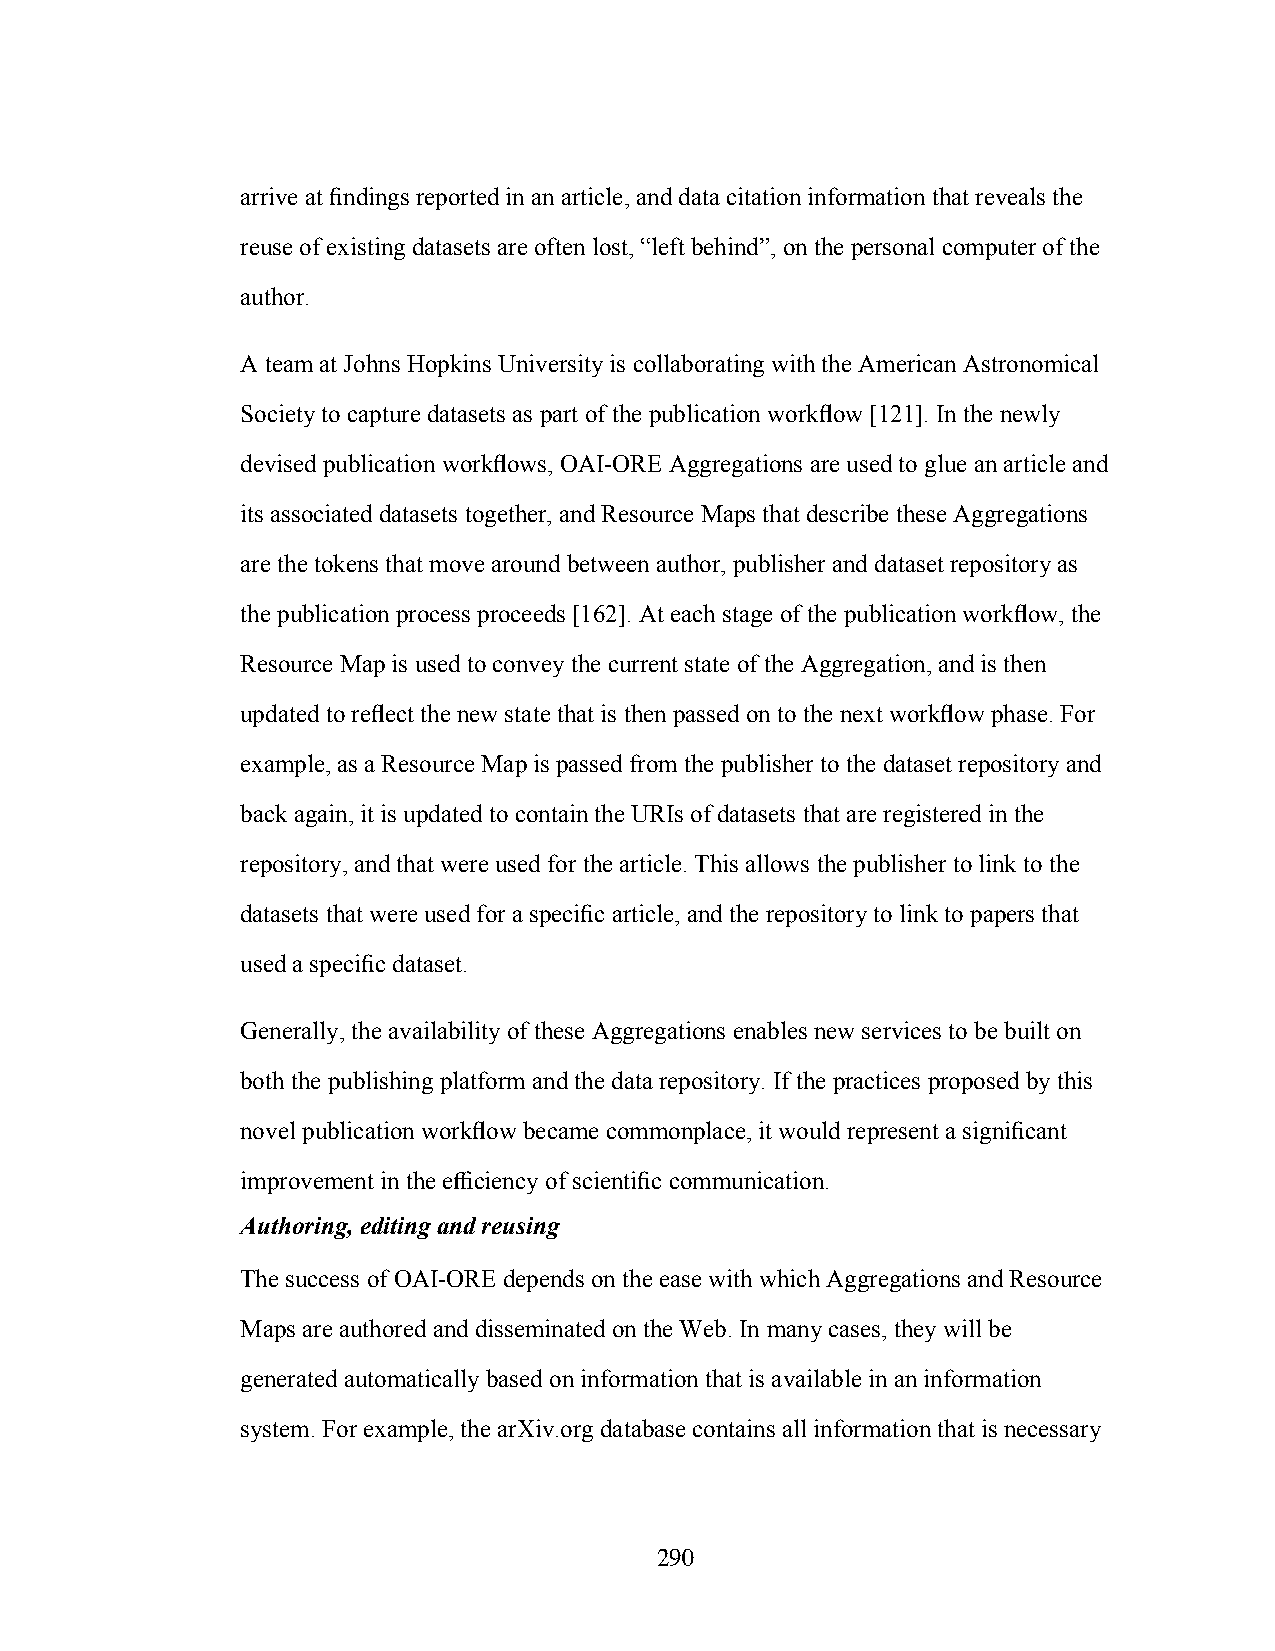
arrive at findings reported in an article, and data citation information that reveals the
 reuse of existing datasets are often lost, “left behind”, on the personal computer of the
 author.
 A team at Johns Hopkins University is collaborating with the American Astronomical
 Society to capture datasets as part of the publication workflow [121]. In the newly
 devised publication workflows, OAI-ORE Aggregations are used to glue an article and
 its associated datasets together, and Resource Maps that describe these Aggregations
 are the tokens that move around between author, publisher and dataset repository as
 the publication process proceeds [162]. At each stage of the publication workflow, the
 Resource Map is used to convey the current state of the Aggregation, and is then
 updated to reflect the new state that is then passed on to the next workflow phase. For
 example, as a Resource Map is passed from the publisher to the dataset repository and
 back again, it is updated to contain the URIs of datasets that are registered in the
 repository, and that were used for the article. This allows the publisher to link to the
 datasets that were used for a specific article, and the repository to link to papers that
 used a specific dataset.
 Generally, the availability of these Aggregations enables new services to be built on
 both the publishing platform and the data repository. If the practices proposed by this
 novel publication workflow became commonplace, it would represent a significant
 improvement in the efficiency of scientific communication.
 Authoring, editing and reusing
 The success of OAI-ORE depends on the ease with which Aggregations and Resource
 Maps are authored and disseminated on the Web. In many cases, they will be
 generated automatically based on information that is available in an information
 system. For example, the arXiv.org database contains all information that is necessary
 290